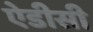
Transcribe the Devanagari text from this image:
ऐडीसी